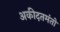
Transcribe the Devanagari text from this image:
अकीदतमंतो